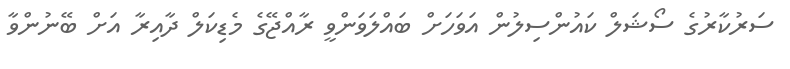
ސަރުކާރުގެ ސޯޝަލް ކައުންސިލުން އަވަހަށް ބައްލަވަންވީ ރާއްޖޭގެ މެޑިކަލް ދާއިރާ އަށް ބޭނުންވާ